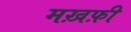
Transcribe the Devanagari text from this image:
मख़फ़ी